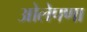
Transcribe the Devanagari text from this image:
ओलेपणा